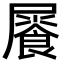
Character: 𩛻